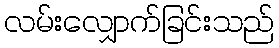
လမ်းလျှောက်ခြင်းသည်